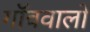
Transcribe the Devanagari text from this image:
गॉववालों